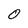
Character: 0